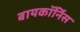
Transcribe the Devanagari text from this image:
बायकॉर्निस